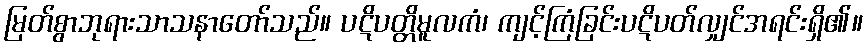
မြတ်စွာဘုရားသာသနာတော်သည်။ ပဋိပတ္တိမူလကံ၊ ကျင့်ကြံခြင်းပဋိပတ်လျှင်အရင်းရှိ၏။